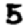
Digit: 5